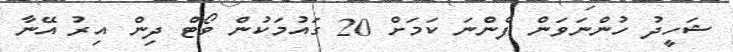
ޝަހީދު ހުންނަވަން ފެންނަ ކަމަށް 20 ގައުމަކުން ވޯޓް ދިން އިރު އޭނާ